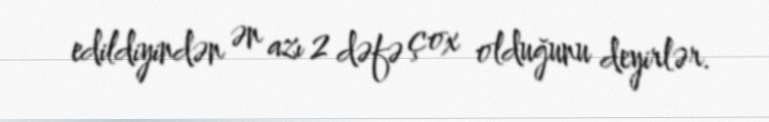
edildiyindən ən azı 2 dəfə çox olduğunu deyirlər.